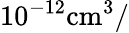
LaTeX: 10^{-12}\mathrm{{cm}^{3}/}